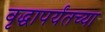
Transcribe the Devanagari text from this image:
वृद्धापर्यंतच्या